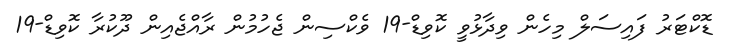
ޑޮކްޓަރު ފައިސަލް މިހެން ވިދާޅުވީ ކޮވިޑް-19 ވެކްސިން ޖެހުމުން ރާއްޖެއިން ދޫކުރާ ކޮވިޑް-19